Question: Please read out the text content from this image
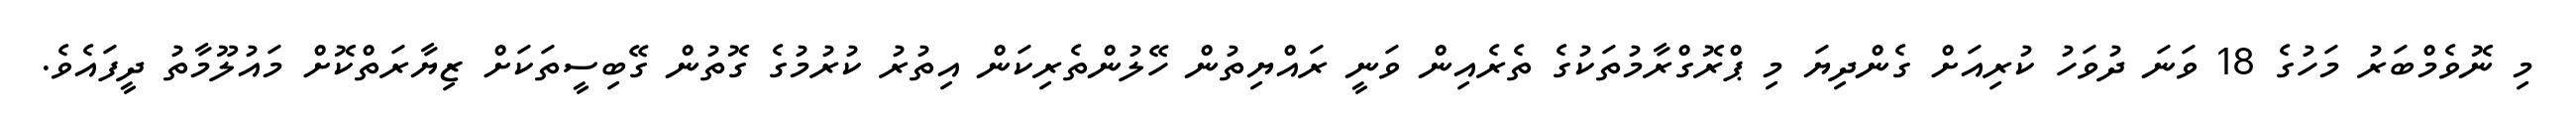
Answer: މި ނޮވެމްބަރު މަހުގެ 18 ވަނަ ދުވަހު ކުރިއަށް ގެންދިޔަ މި ޕްރޮގްރާމުތަކުގެ ތެރެއިން ވަނީ ރައްޔިތުން ހޭލުންތެރިކަން އިތުރު ކުރުމުގެ ގޮތުން ގޭބިސީތަކަށް ޒިޔާރަތްކޮށް މައުލޫމާތު ދީފައެވެ.